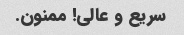
سریع و عالی! ممنون.